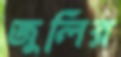
জুলির